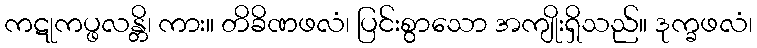
ကဋုကပ္ဖလန္တိ၊ ကား။ တိခိဏဖလံ၊ ပြင်းစွာသော အကျိုးရှိသည်။ ဒုက္ခဖလံ၊